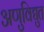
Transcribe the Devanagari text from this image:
अणुविद्युत